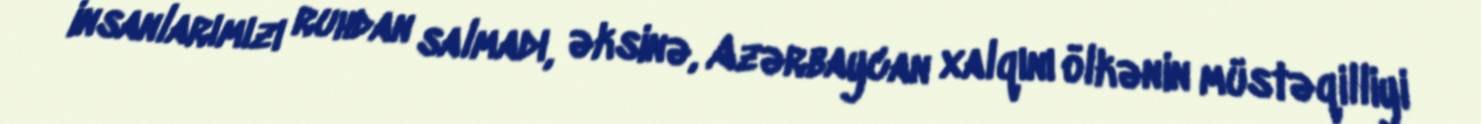
insanlarımızı ruhdan salmadı, əksinə, Azərbaycan xalqını ölkənin müstəqilliyi